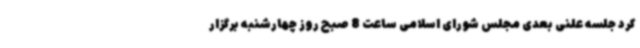
کرد جلسه علنی بعدی مجلس شورای اسلامی ساعت 8 صبح روز چهارشنبه برگزار